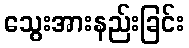
သွေးအားနည်းခြင်း